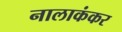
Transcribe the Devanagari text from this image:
नालाकंकर